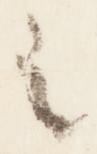
之